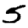
Digit: 5